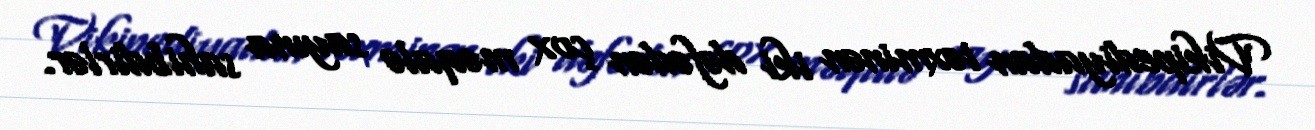
Vikipediyadan təxminən iki dəfədən çox məqalə sayına sahibdirlər.